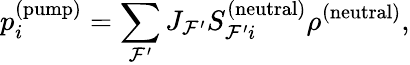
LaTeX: p_{i}^{(\mathrm{pump})}=\sum_{\mathcal{F}^{\prime}}J_{\mathcal{F}^{\prime}}S_{\mathcal{F}^{\prime}i}^{(\mathrm{neutral})}\rho^{(\mathrm{neutral})},